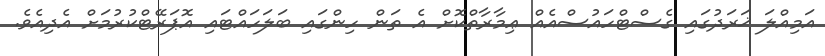
އަމިއްލަ ޚަރަދުގައި ގެސްޓްހައުސްއެއް ޢިމާރާތްކޮށް އެ ތަން ހިންގައި ބަލަހައްޓައި އޮޕަރޭޓްކުރުމަށް އެދިއެވެ.